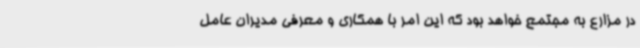
در مزارع به مجتمع خواهد بود که این امر با همکاری و معرفی مدیران عامل